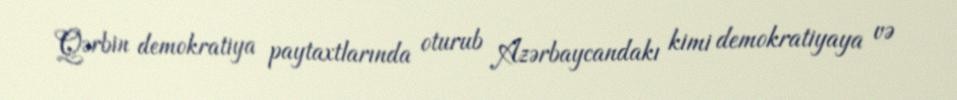
Qərbin demokratiya paytaxtlarında oturub Azərbaycandakı kimi demokratiyaya və